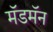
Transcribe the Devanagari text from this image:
मॅडमॅन